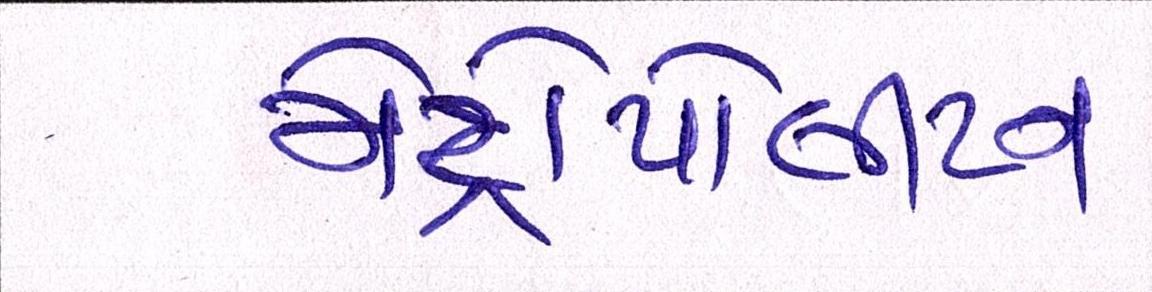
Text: મેટ્રોપોલીટન